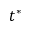
t ^ { * }